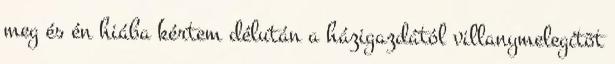
meg és én hiába kértem délután a házigazdától villanymelegítõt